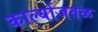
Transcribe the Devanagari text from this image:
कार्ल्याजवळ